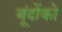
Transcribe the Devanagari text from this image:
बूंदोंको